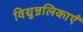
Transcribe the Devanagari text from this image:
विद्युन्नलिकाएँ